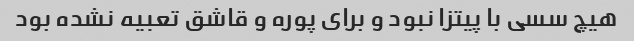
هیچ سسی با پیتزا نبود و برای پوره و قاشق تعبیه نشده بود